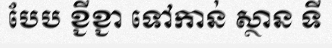
បែប ខ្ជីខ្ជា ទៅកាន់ ស្ថាន ទី